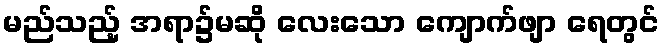
မည်သည့် အရာ၌မဆို လေးသော ကျောက်ဖျာ ရေတွင်